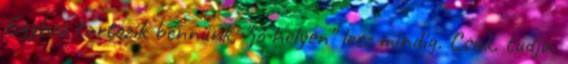
Egyhez tartozik bennünk, "jó helyen" lesz mindig. Csak. tudja.